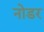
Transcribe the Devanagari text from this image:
नोडर